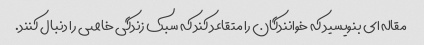
مقاله ای بنویسید که خوانندگان را متقاعد کند که سبک زندگی خاصی را دنبال کنند.